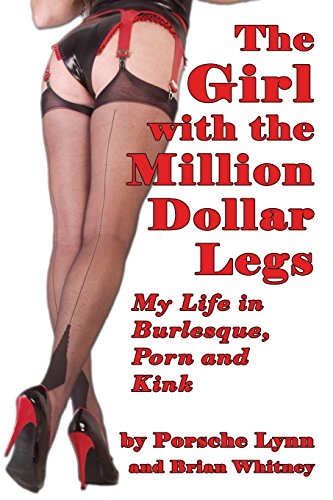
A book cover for The Girl with the Million-Dollar Legs: My Life in Burlesque, Porn and Kink; Porsche Lynn; Politics & Social Sciences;